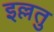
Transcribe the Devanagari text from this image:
इल्लतु